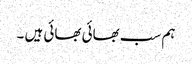
ہم سب بھائی بھائی ہیں ۔